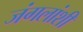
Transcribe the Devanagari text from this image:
जंगलांशी